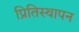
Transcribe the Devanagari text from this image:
प्रितिस्थापन